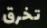
تخرق